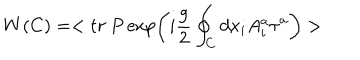
LaTeX: W ( C ) = < t r ~ P \exp \left( i { \frac { g } { 2 } } \oint _ { C } d x _ { i } A _ { i } ^ { a } \tau ^ { a } \right) >